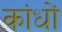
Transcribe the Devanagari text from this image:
कांधों